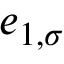
e _ { 1 , \sigma }